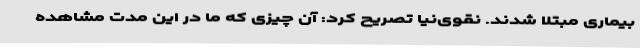
بیماری مبتلا شدند. نقوی‌نیا تصریح کرد: آن چیزی که ما در این مدت مشاهده